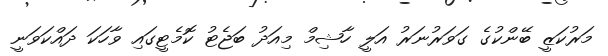
މަރުކަޒީ ބޭންކުގެ ގަވަރުނަރު އަލީ ހާޝިމް މިއަދު ބަޖެޓު ކޮމެޓީގައި ވާހަކަ ދައްކަވަނީ